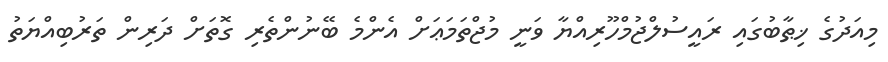
މިއަދުގެ ޚިޠާބުގައި ރައީސުލްޖުމްހޫރިއްޔާ ވަނީ މުޖްތަމަޢަށް އެންމެ ބޭނުންތެރި ގޮތަށް ދަރިން ތަރުބިއްޔަތު